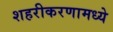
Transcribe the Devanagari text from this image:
शहरीकरणामध्ये